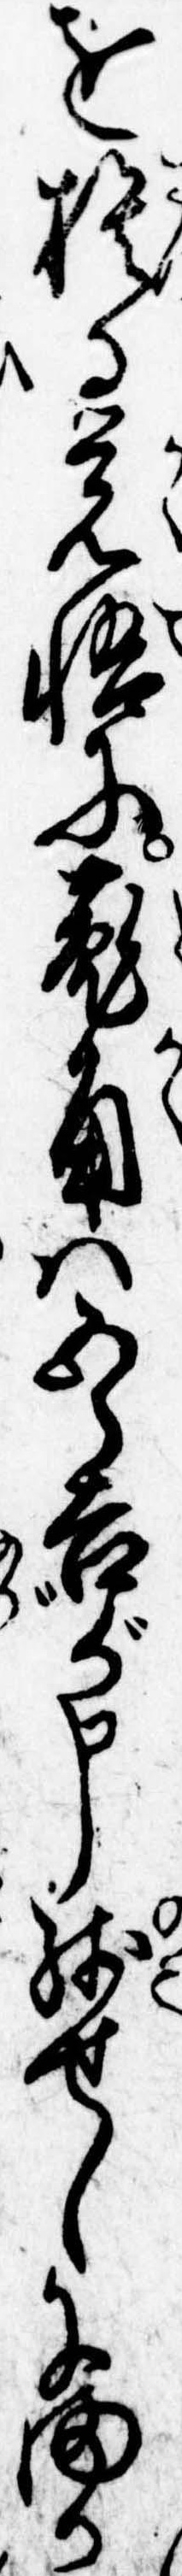
を捨る覚悟に菟角は五郎吉が申残せしにまか